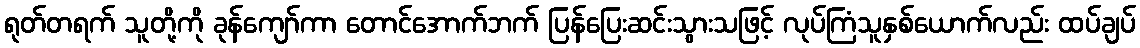
ရုတ်တရက် သူတို့ကို ခုန်ကျော်ကာ တောင်အောက်ဘက် ပြန်ပြေးဆင်းသွားသဖြင့် လုပ်ကြံသူနှစ်ယောက်လည်း ထပ်ချပ်